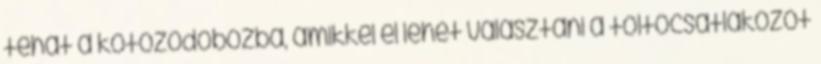
tehát a kötöződobozba, amikkel el lehet választani a töltőcsatlakozót